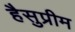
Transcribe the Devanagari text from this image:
हैसुप्रीम